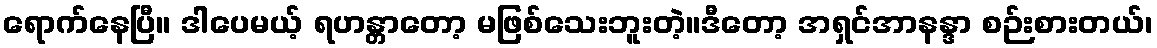
ရောက်နေပြီ။ ဒါပေမယ့် ရဟန္တာတော့ မဖြစ်သေးဘူးတဲ့။ဒီတော့ အရှင်အာနန္ဒာ စဉ်းစားတယ်၊